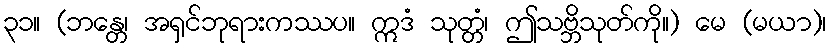
၃၁။ (ဘန္တေ၊ အရှင်ဘုရားကဿပ။ ဣဒံ သုတ္တံ၊ ဤသဗ္ဘိသုတ်ကို။) မေ (မယာ)၊